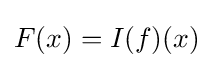
F(x)=I(f)(x)